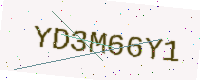
Text: YD3M66Y1